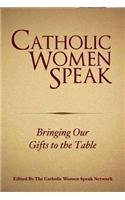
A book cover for Catholic Women Speak: Bringing Our Gifts to the Table; Edited by the Catholic Women Speak Network; Christian Books & Bibles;